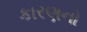
કારણનો